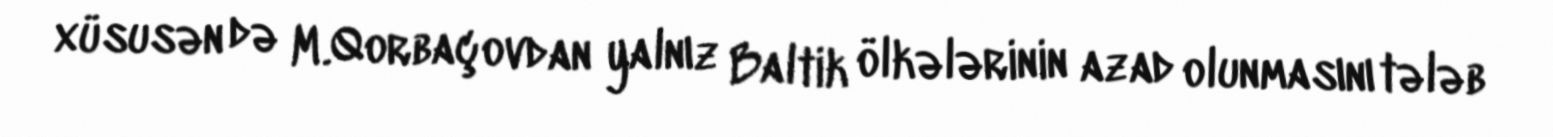
xüsusən də M.Qorbaçovdan yalnız Baltik ölkələrinin azad olunmasını tələb